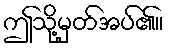
ဤသို့မှတ်အပ်၏။